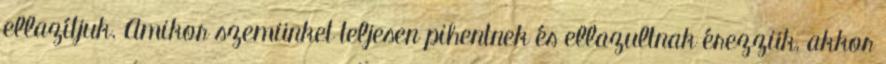
ellazítjuk. Amikor szemünket teljesen pihentnek és ellazultnak érezzük, akkor